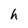
Character: h